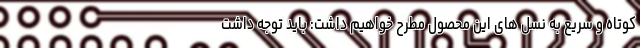
کوتاه و سریع به نسل های این محصول مطرح خواهیم داشت: باید توجه داشت